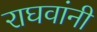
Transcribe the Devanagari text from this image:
राघवांनी